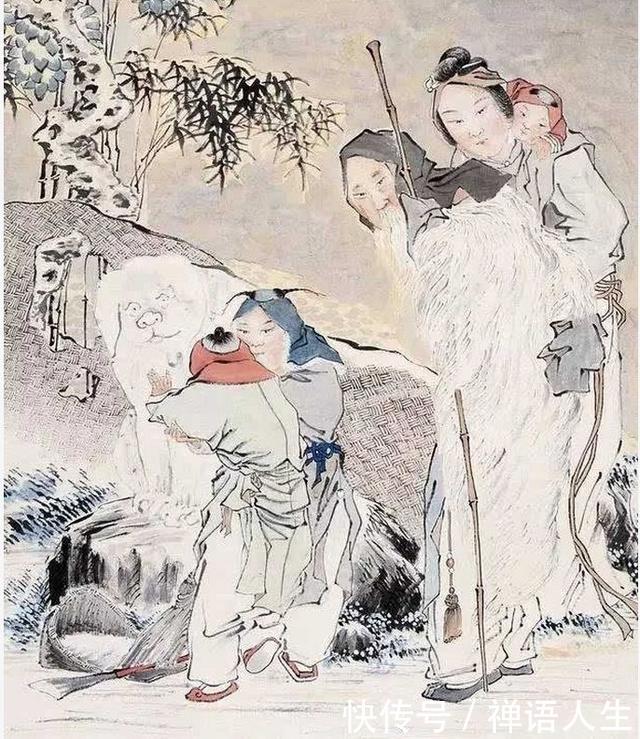
君子敬其在己者，而不慕其在天者，是以日进也。